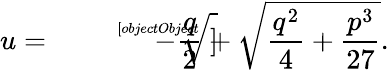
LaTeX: u={\sqrt[[objectObject]]{-{\frac{q}{2}}+{\sqrt{{\frac{q^{2}}{4}}+{\frac{p^{3}}{27}}}}}}.